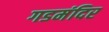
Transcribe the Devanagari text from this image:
गडमंदिर